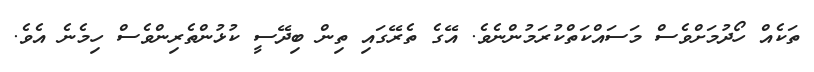
ތަކެއް ހޯދުމަށްވެސް މަސައްކަތްކުރަމުންނެވެ. އޭގެ ތެރޭގައި ތިން ބިދޭސީ ކުޅުންތެރިންވެސް ހިމެނެ އެވެ.